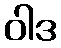
ဝါဒ